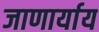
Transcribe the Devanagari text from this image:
जाणार्याय